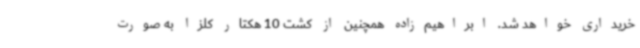
خریداری خواهد شد. ابراهیم‌زاده همچنین از کشت 10 هکتار کلزا به صورت